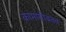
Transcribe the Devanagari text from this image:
कामांसोबतच